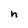
Character: n